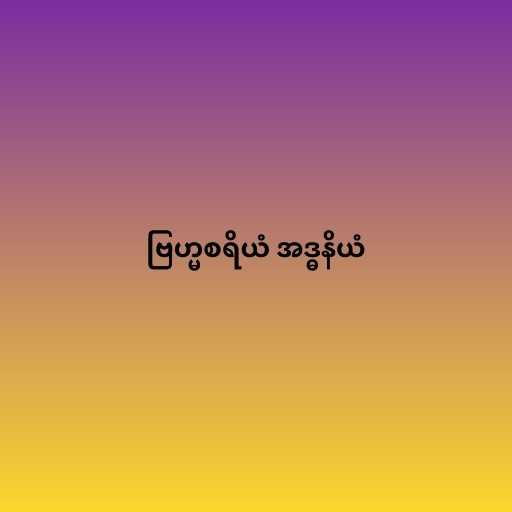
ဗြဟ္မစရိယံ အဒ္ဓနိယံ